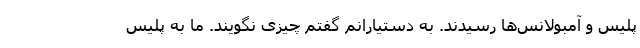
پلیس و آمبولانس‌ها رسیدند. به دستیارانم گفتم چیزی نگویند. ما به پلیس